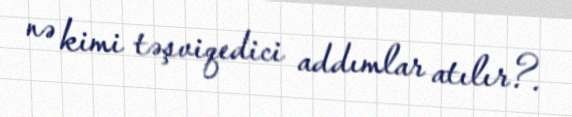
nə kimi təşviqedici addımlar atılır?.